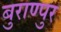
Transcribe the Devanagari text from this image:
बुराण्पुर